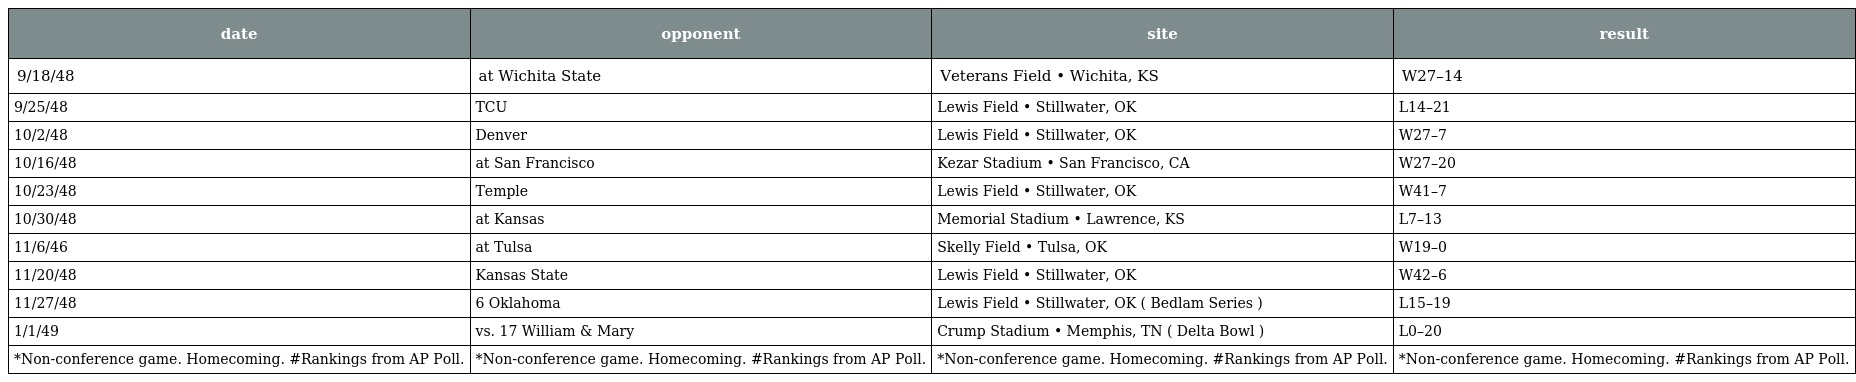
| date | opponent | site | result |
 | --- | --- | --- | --- |
 | 9/18/48 | at Wichita State | Veterans Field • Wichita, KS | W27–14 |
 | 9/25/48 | TCU | Lewis Field • Stillwater, OK | L14–21 |
 | 10/2/48 | Denver | Lewis Field • Stillwater, OK | W27–7 |
 | 10/16/48 | at San Francisco | Kezar Stadium • San Francisco, CA | W27–20 |
 | 10/23/48 | Temple | Lewis Field • Stillwater, OK | W41–7 |
 | 10/30/48 | at Kansas | Memorial Stadium • Lawrence, KS | L7–13 |
 | 11/6/46 | at Tulsa | Skelly Field • Tulsa, OK | W19–0 |
 | 11/20/48 | Kansas State | Lewis Field • Stillwater, OK | W42–6 |
 | 11/27/48 | 6 Oklahoma | Lewis Field • Stillwater, OK ( Bedlam Series ) | L15–19 |
 | 1/1/49 | vs. 17 William & Mary | Crump Stadium • Memphis, TN ( Delta Bowl ) | L0–20 |
 | *Non-conference game. Homecoming. #Rankings from AP Poll. | *Non-conference game. Homecoming. #Rankings from AP Poll. | *Non-conference game. Homecoming. #Rankings from AP Poll. | *Non-conference game. Homecoming. #Rankings from AP Poll. |